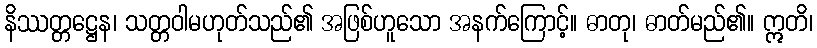
နိဿတ္တဋ္ဌေန၊ သတ္တဝါမဟုတ်သည်၏ အဖြစ်ဟူသော အနက်ကြောင့်။ ဓာတု၊ ဓာတ်မည်၏။ ဣတိ၊